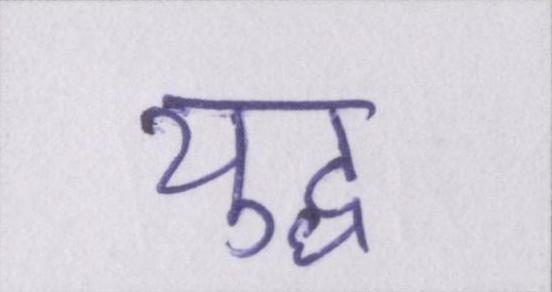
युध्द